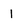
Character: 1